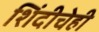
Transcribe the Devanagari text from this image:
शिंदीचेही